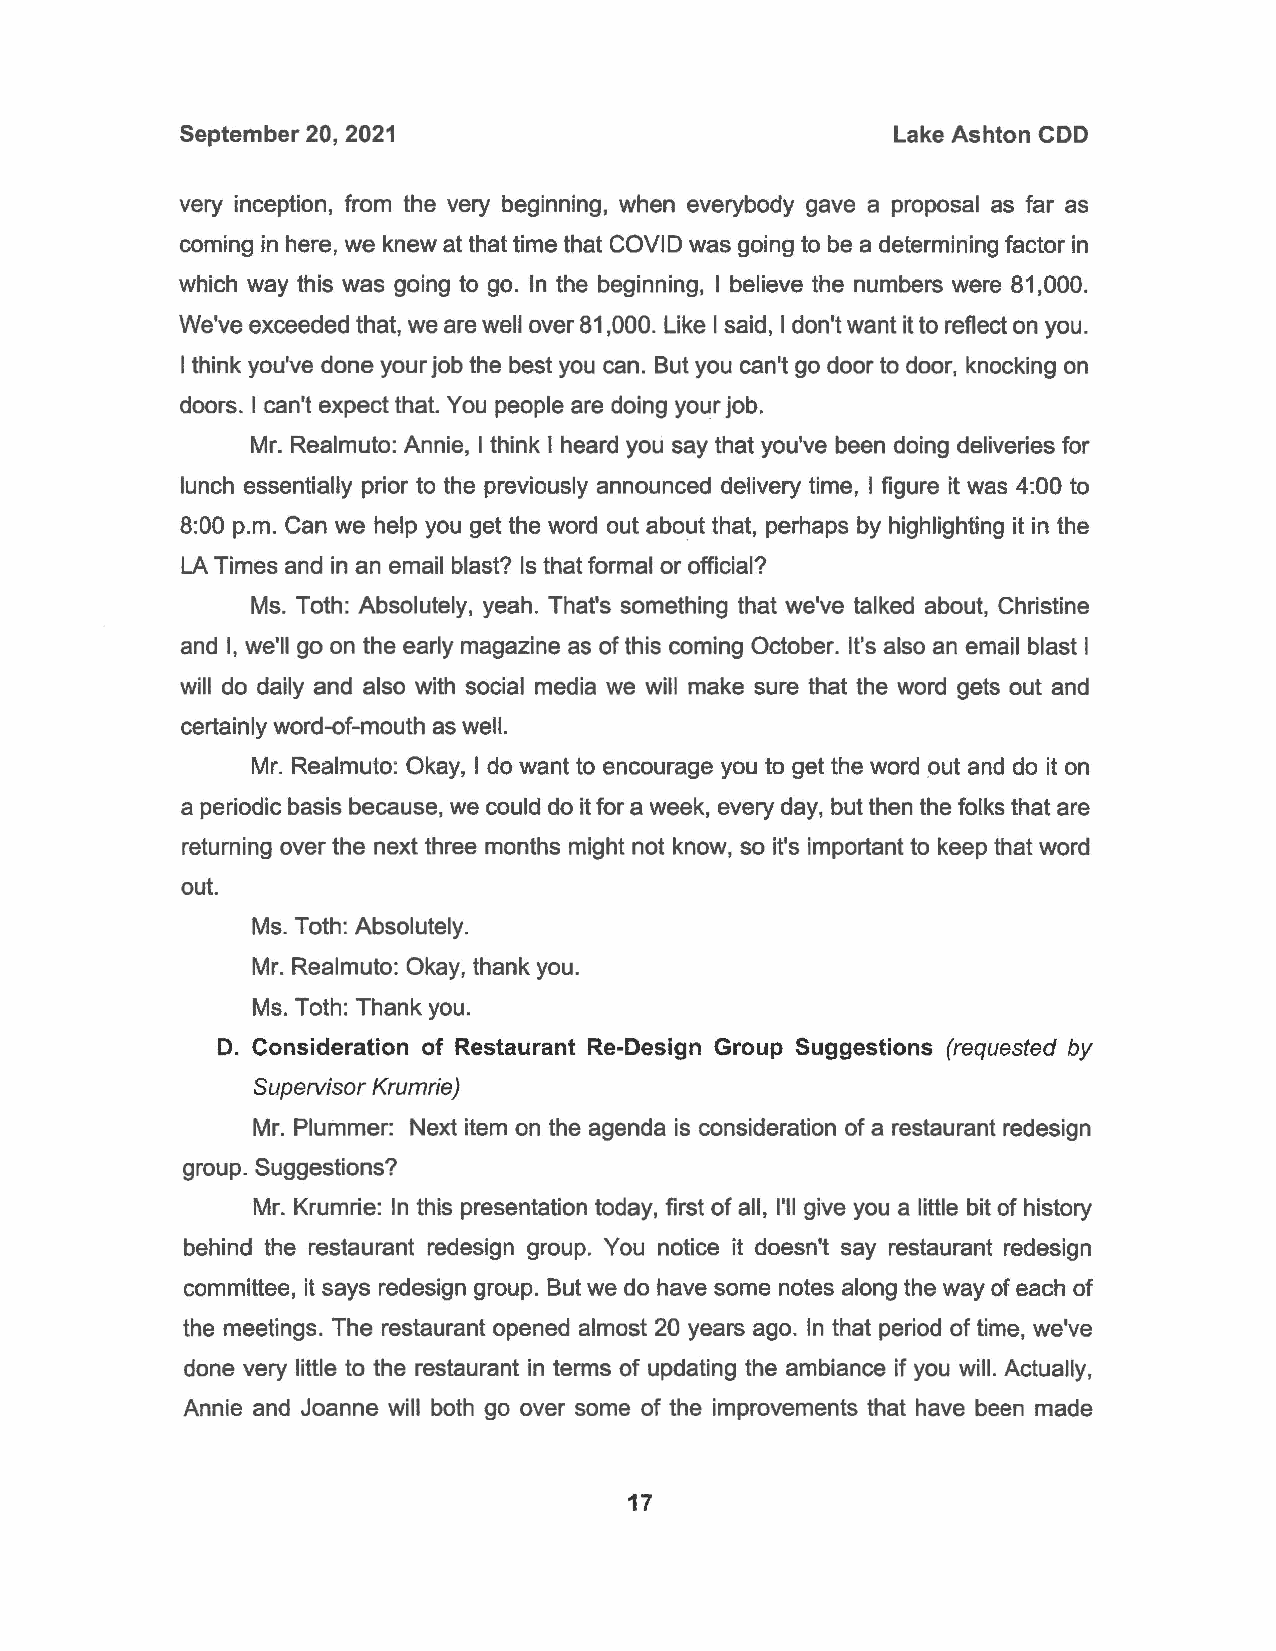
September 20, 2021                             Lake Ashton COD
 very inception, from the very beginning, when everybody gave a proposal as far as
 coming in here, we knew at that time that COVID was going to be a determining factor in
 which way this was going to go. In the beginning, I believe the numbers were 81,000.
 We've exceeded that, we are well over 81,000. Like I said, I don't want it to reflect on you.
 I think you've done your job the best you can. But you can't go door to door, knocking on
 doors. I can't expect that. You people are doing your job.
 Mr. Realmuto: Annie, I think I heard you say that you've been doing deliveries for
 lunch essentially prior to the previously announced delivery time, I figure it was 4:00 to
 8:00 p.m. Can we help you get the word out about that, perhaps by highlighting it in the
 LA Times and in an email blast? Is that formal or official?
 Ms. Toth: Absolutely, yeah. That's something that we've talked about, Christine
 and I, we'll go on the early magazine as of this coming October. It's also an email blast I
 will do daily and also with social media we will make sure that the word gets out and
 certainly word-of-mouth as well.
 Mr. Realmuto: Okay, I do want to encourage you to get the word out and do it on
 a periodic basis because, we could do it for a week, every day, but then the folks that are
 returning over the next three months might not know, so it's important to keep that word
 out.
 Ms. Toth: Absolutely.
 Mr. Realmuto: Okay, thank you.
 Ms. Toth: Thank you.
 D. Consideration of Restaurant Re-Design Group Suggestions (requested by
 Supervisor Krumrie)
 Mr. Plummer: Next item on the agenda is consideration of a restaurant redesign
 group. Suggestions?
 Mr. Krumrie: In this presentation today, first of all, I'll give you a little bit of history
 behind the restaurant redesign group. You notice it doesn't say restaurant redesign
 committee, it says redesign group. But we do have some notes along the way of each of
 the meetings. The restaurant opened almost 20 years ago. In that period of time, we've
 done very little to the restaurant in terms of updating the ambiance if you will. Actually,
 Annie and Joanne will both go over some of the improvements that have been made
 17